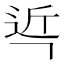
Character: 𮞌